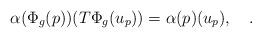
LaTeX: \begin{align*}\alpha(\Phi_g(p))(T\Phi_g(u_p))=\alpha(p)(u_p),\quad.\end{align*}